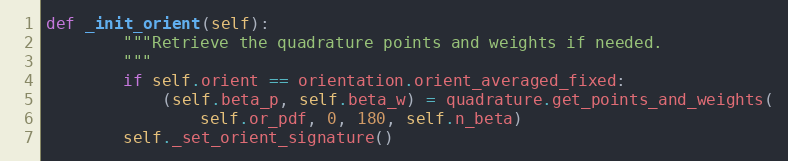
Language: Python
def _init_orient(self):
        """Retrieve the quadrature points and weights if needed.
        """
        if self.orient == orientation.orient_averaged_fixed:
            (self.beta_p, self.beta_w) = quadrature.get_points_and_weights(
                self.or_pdf, 0, 180, self.n_beta)
        self._set_orient_signature()